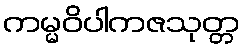
ကမ္မဝိပါကဇသုတ္တ